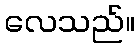
လေသည်။